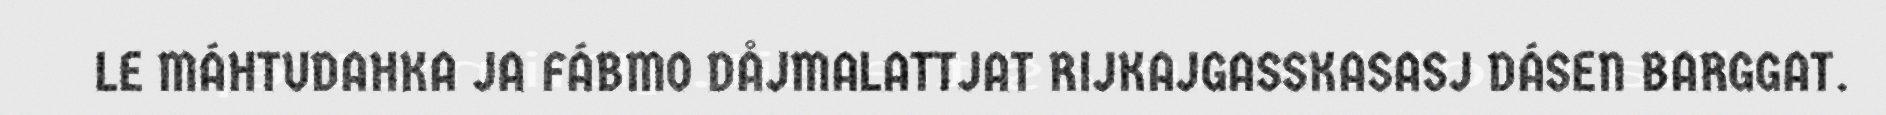
LE MÁHTUDAHKA JA FÁBMO DÅJMALATTJAT RIJKAJGASSKASASJ DÁSEN BARGGAT.